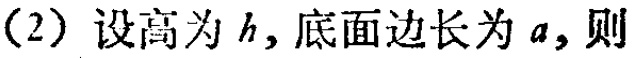
(2) 设高为 \(h\)，底面边长为 \(a\)，则